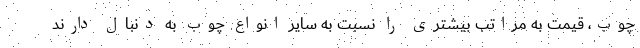
چوب، قیمت به مراتب بیشتری را نسبت به سایر انواع چوب به دنبال دارند